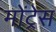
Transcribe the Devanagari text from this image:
मोंट्रेस